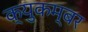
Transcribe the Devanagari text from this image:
क्युकम्बर